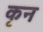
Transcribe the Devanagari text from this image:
कृन